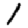
Digit: 1